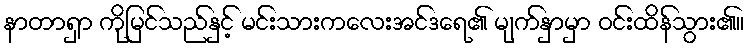
နာတာရှာ ကိုမြင်သည်နှင့် မင်းသားကလေးအင်ဒရေ၏ မျက်နှာမှာ ဝင်းထိန်သွား၏။